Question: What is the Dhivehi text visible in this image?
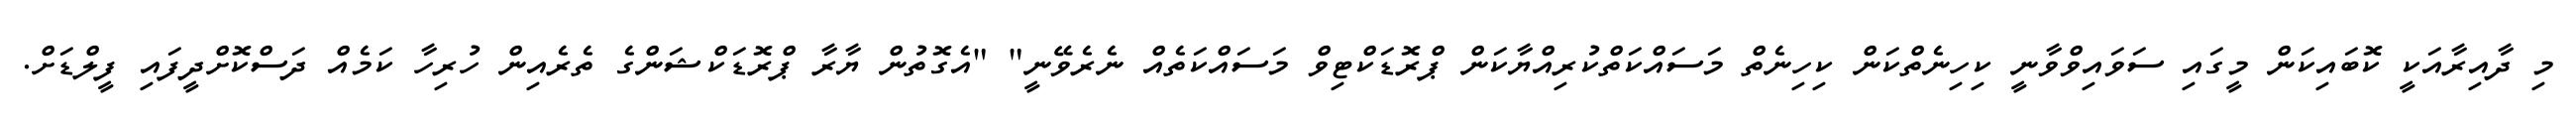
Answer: މި ދާއިރާއަކީ ކޮބައިކަން މީގައި ސަވައިވްވާނީ ކިހިނެތްކަން ކިހިނެތް މަސައްކަތްކުރިއްޔާކަން ޕްރޮޑަކްޓިވް މަސައްކަތެއް ނެރެވޭނީ" "އެގޮތުން ޔާރާ ޕްރޮޑަކްޝަންގެ ތެރެއިން ހުރިހާ ކަމެއް ދަސްކޮށްދީފައި ފީލްޑަށް.